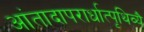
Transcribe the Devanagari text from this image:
आंतादापरार्धात्पृथिव्यै